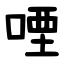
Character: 㖶